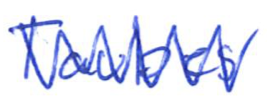
Text: Taubes
Cross-out: zig-zag
Writing tool: ballpoint